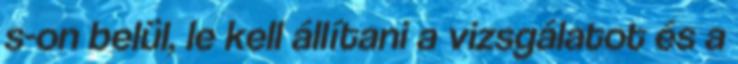
s-on belül, le kell állítani a vizsgálatot és a